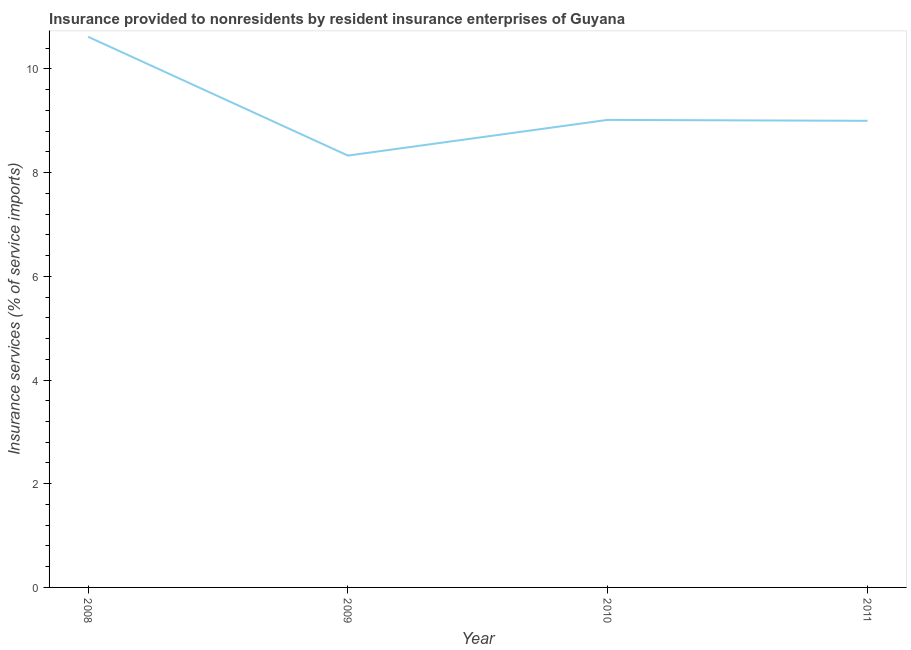
| Year | Insurance and financial services |
 | --- | --- |
 | 2008 | 10.6 |
 | 2009 | 8.33 |
 | 2010 | 9.02 |
 | 2011 | 9 |